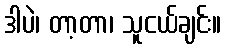
ဒါပဲ၊ တာ့တာ၊ သူငယ်ချင်း။